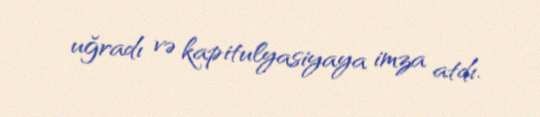
uğradı və kapitulyasiyaya imza atdı.